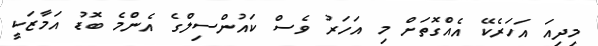
މިދިއަ އަހަރެކޭ އެއްގޮތަށް މި އަހަރު ވެސް ކައުންސިލްގެ އެންމެ ބޮޑު އަމާޒަކީ